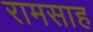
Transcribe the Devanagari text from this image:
रामसाह